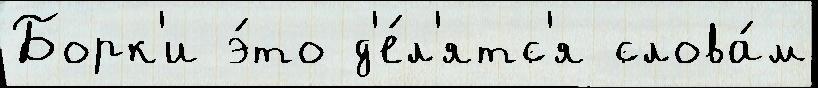
Борк'и э́то д'е́л'ятс'я слова́м